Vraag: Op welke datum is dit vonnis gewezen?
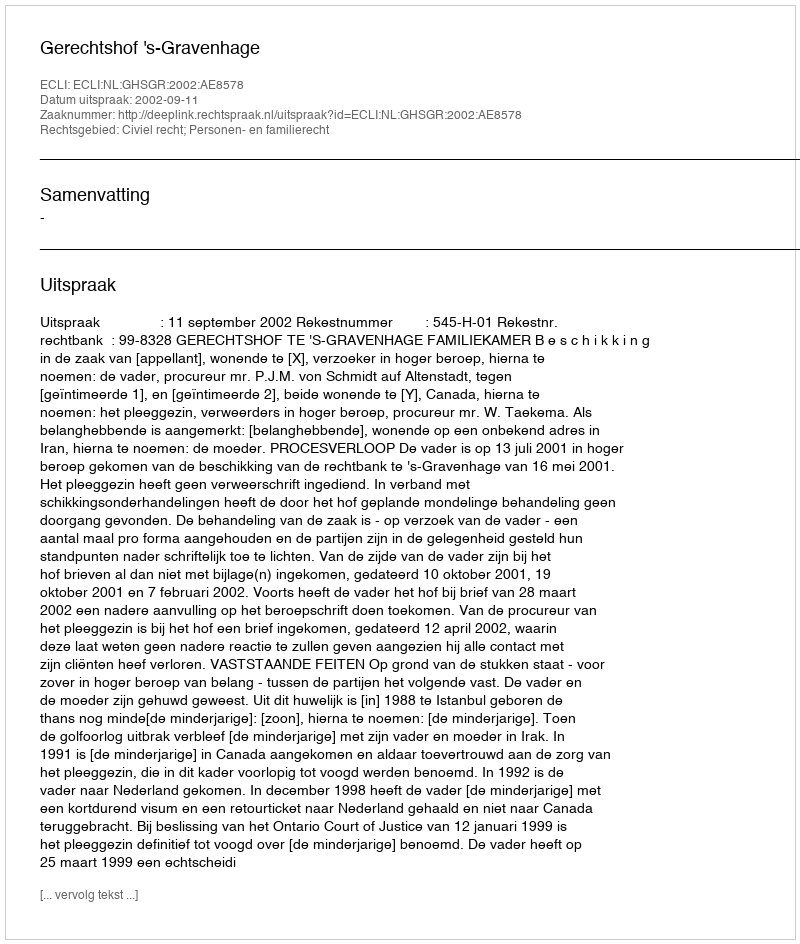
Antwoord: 2002-09-11